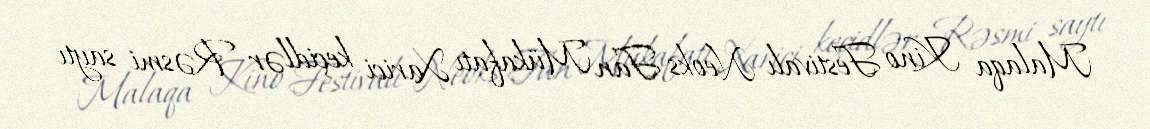
Malaqa Kino Festivalı Neoks Fan Mükafatı Xarici keçidlər Rəsmi saytı